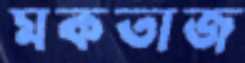
মকতাজ